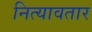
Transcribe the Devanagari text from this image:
नित्यावतार